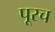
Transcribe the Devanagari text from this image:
पूरच